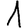
Digit: 1